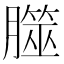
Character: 㭀